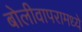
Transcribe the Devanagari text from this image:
बोलीवापरामध्ये